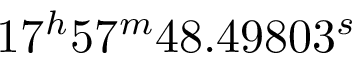
1 7 ^ { h } 5 7 ^ { m } 4 8 . 4 9 8 0 3 ^ { s }